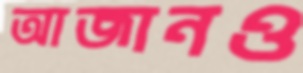
আজানও